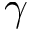
\gamma